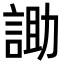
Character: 𮘑